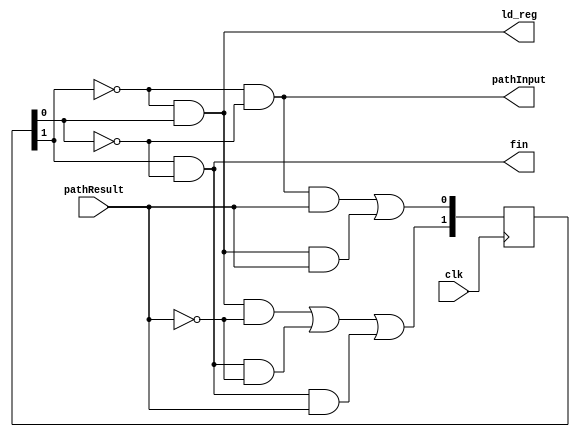
module HightoLow_control(pathInput, ld_reg, fin, pathResult, clk);
input pathResult, clk;
output pathInput, ld_reg, fin;

reg [1:0] R;
wire [1:0] N;

wire w000, w001, w010, w011, w100, w101;


and (w000, ~R[1], ~R[0], ~pathResult);
and (w001, ~R[1], ~R[0], pathResult);
and (w010, ~R[1], R[0], ~pathResult);
and (w011, ~R[1], R[0], pathResult);
and (w100, R[1], ~R[0], ~pathResult);
and (w101, R[1], ~R[0], pathResult);


or (N[0], w001, w011);
or (N[1], w010, w100, w101);


and (pathInput, ~R[1], ~R[0]);
and (ld_reg, ~R[1], R[0]);
and (fin, R[1], ~R[0]);


initial begin
R = 2'b0;
end

always @ (posedge clk)
	begin
	if(pathResult == 1 || pathResult == 0) begin
		R <= N;
	end
end

endmodule